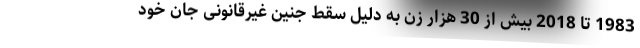
1983 تا 2018 بیش از 30 هزار زن به دلیل سقط جنین غیرقانونی جان خود